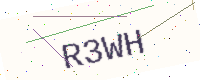
Text: R3WH